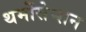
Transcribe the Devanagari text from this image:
थर्मोसेप्शन